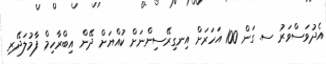
އެދުވަސްވަރު ސ. ގަން 100 އަހަރަށް އިނގިރޭސިންނަށް ކުއްޔަށް ދޭން އިބްރާހިމް ފާމުލަދޭރި